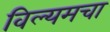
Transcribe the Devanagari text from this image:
विल्यमचा